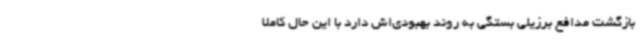
بازگشت مدافع برزیلی بستگی به روند بهبودی‌اش دارد با این حال کاملا